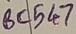
Text: BC547